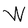
Character: W